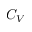
C _ { V }